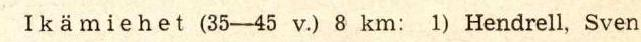
Ikämiehet (35-45 v) 8 km: 1) Hendrell, Sven